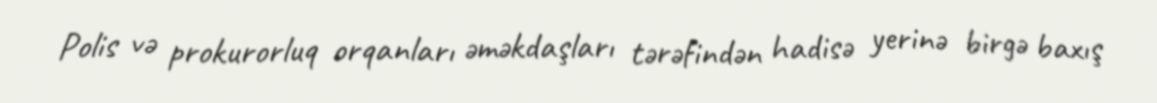
Polis və prokurorluq orqanları əməkdaşları tərəfindən hadisə yerinə birgə baxış